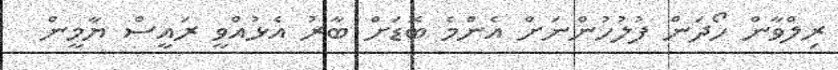
ރިލްވާން ހޯދަން ފުލުހުންނަށް އެންމެ ބޮޑަށް ބާރު އެޅުއްވީ ރައީސް ޔާމީން